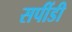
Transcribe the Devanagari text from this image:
सपींडी